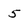
Character: 5